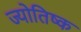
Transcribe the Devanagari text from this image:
ज्योतिष्क